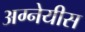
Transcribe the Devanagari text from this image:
अग्नेयीस